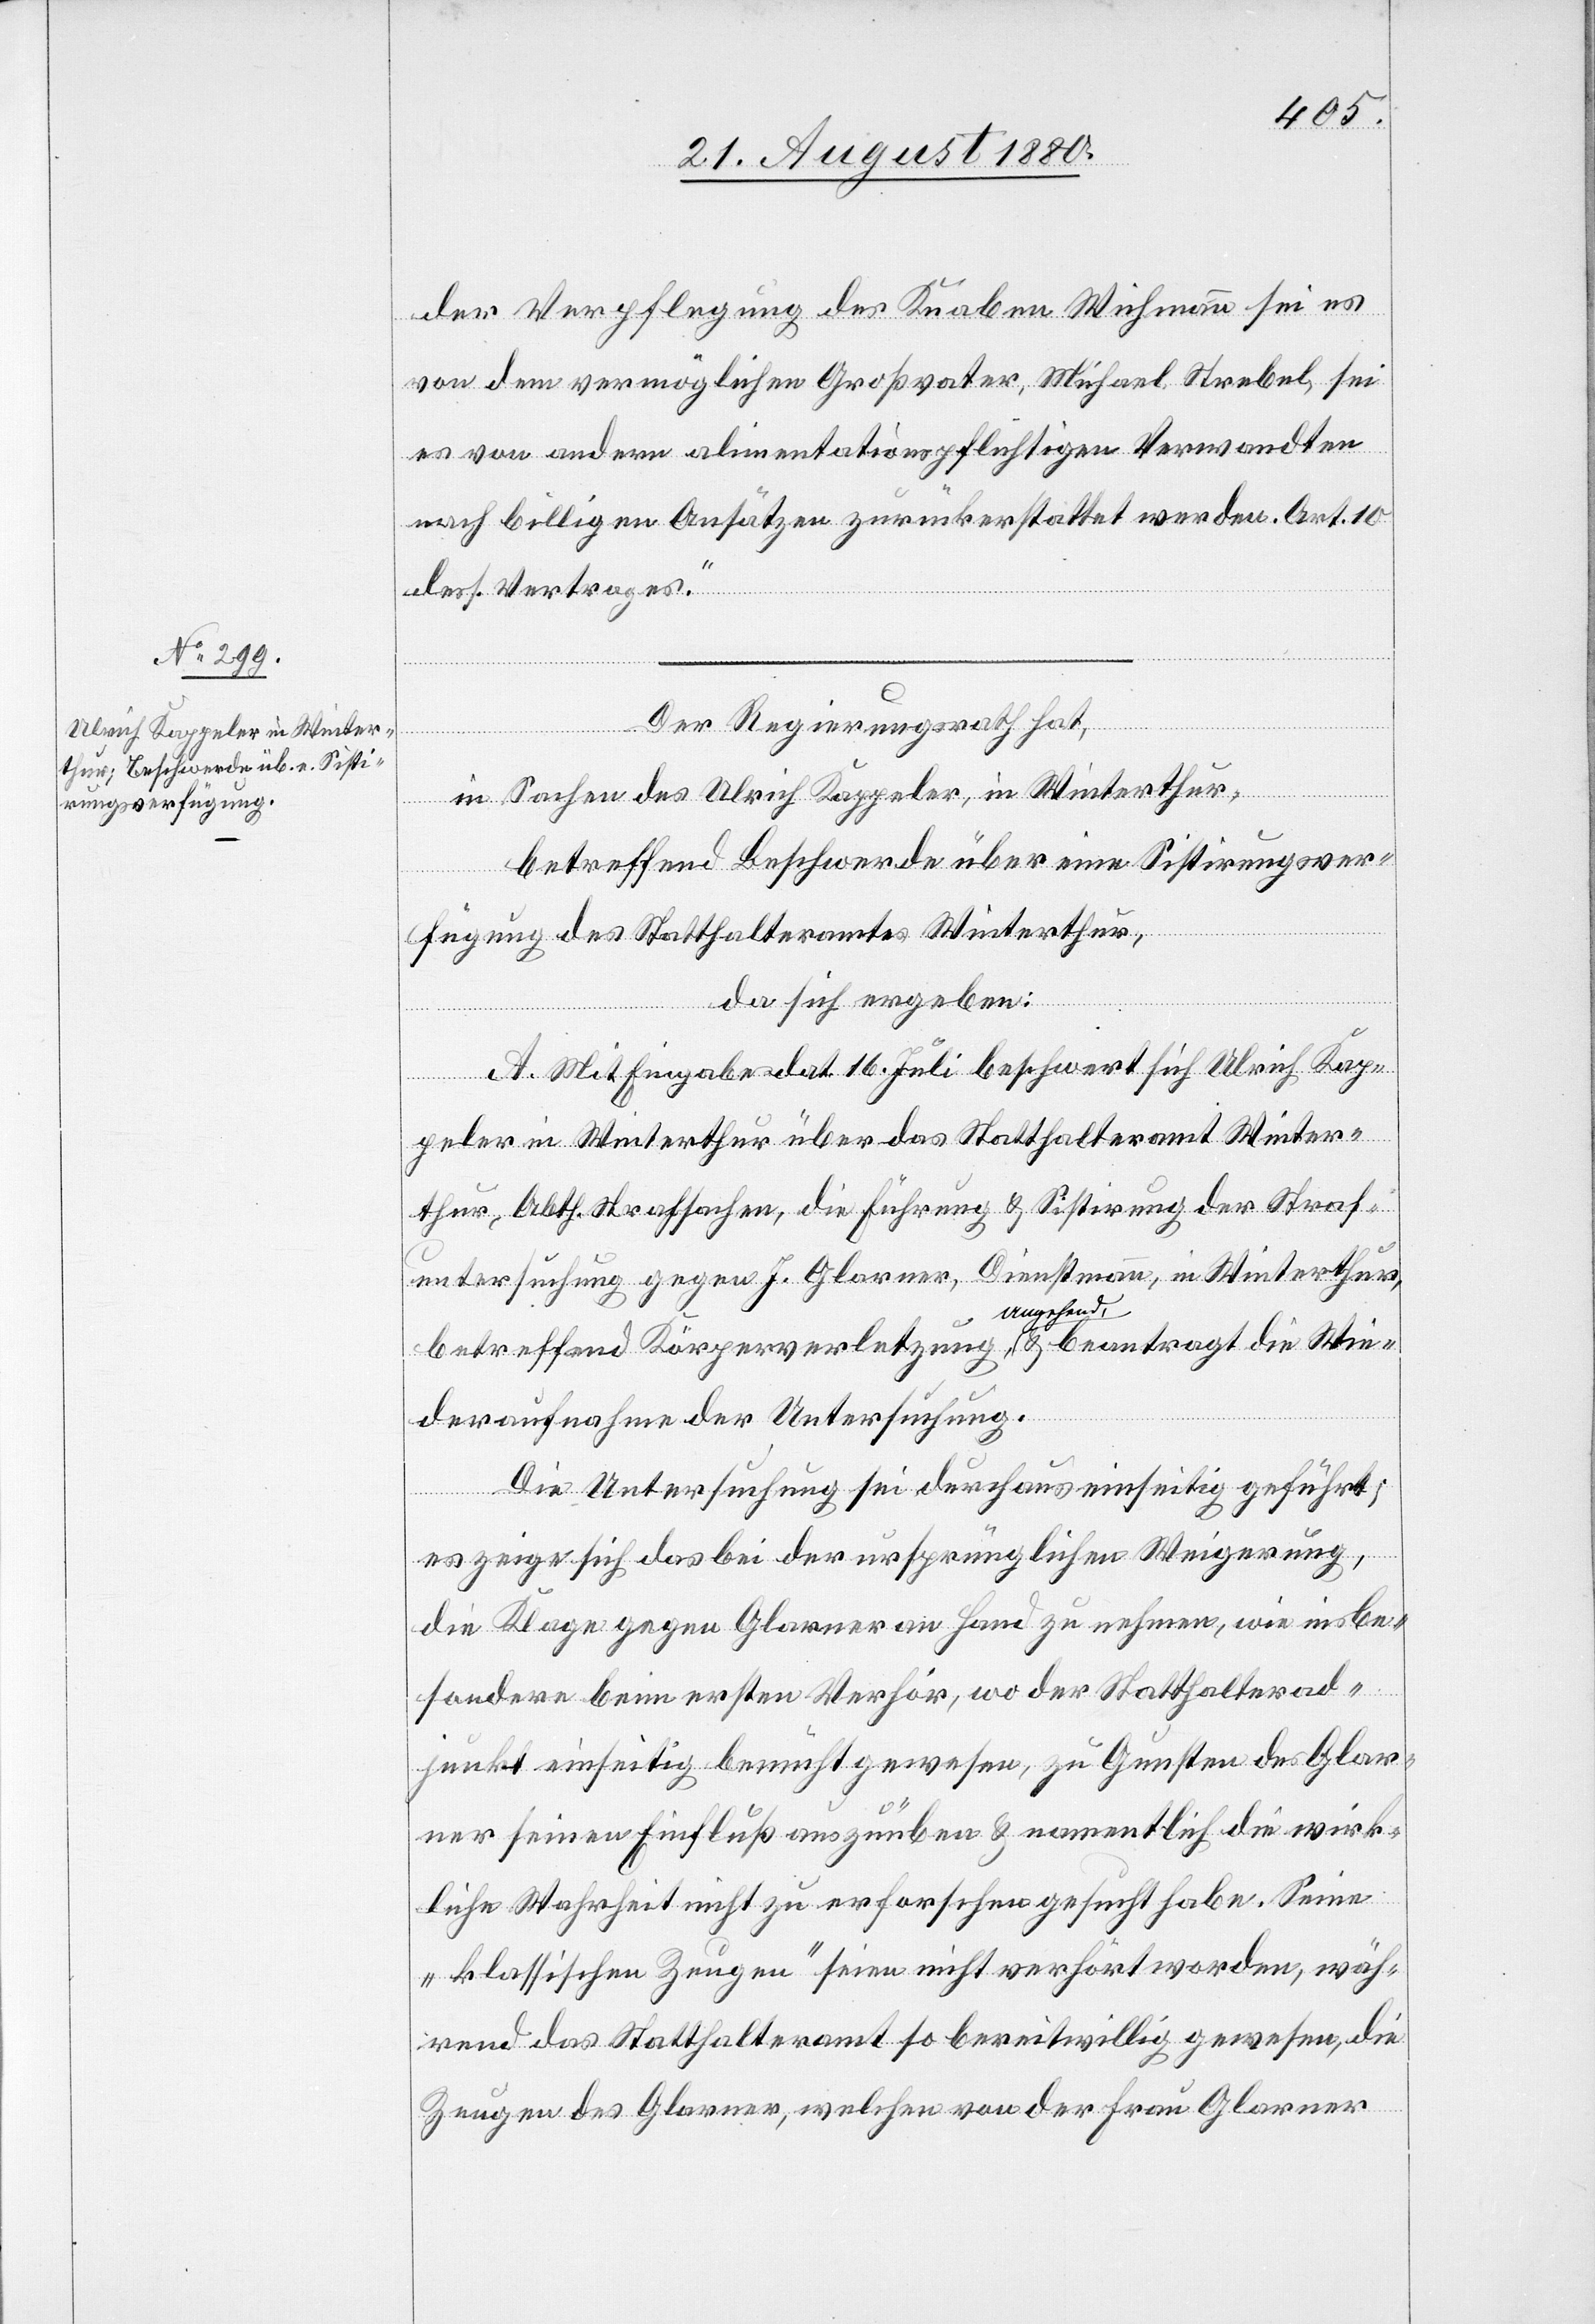
Der Regierungsrath hat,
in Sachen des Ulrich Kappeler, in Winterthur,
betreffend Beschwerde über eine Sistirungsver¬
fügung des Statthalteramtes Winterthur,
da sich ergeben:
A. Mit Eingabe dat. 16. Juli beschwert sich Ulrich Kap¬
peler in Winterthur über das Statthalteramt Winter¬
thur, Abth. Strafsachen, die Führung & Sisitirung der Straf¬
untersuchung gegen J. Glarner, Dienstmann, in Winterthur,
betreffend Körperverletzung angehend, & beantragt die Wie¬
deraufnahme der Untersuchung.
Die Untersuchung sei durchaus einseitig geführt;
es zeige sich das bei der ursprünglichen Weigerung,
die Klage gegen Glarner an Hand zu nehmen, wie insbe¬
sondere beim ersten Verhör, wo der Statthalterad¬
junkt einseitig bemüht gewesen, zu Gunsten des Glar¬
ner seinen Einfluß auszuüben & namentlich die wirk¬
liche Wahrheit nicht zu erforschen gesucht habe. Seine
„klassischen Zeugen“ seien nicht verhört worden, wäh¬
rend das Statthalteramt so bereitwillig gewesen, die
Zeugen des Glarner, welchen von der Frau Glarner